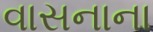
વાસનાના